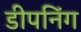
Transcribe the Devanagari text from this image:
डीपनिंग